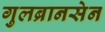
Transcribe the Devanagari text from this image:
गुलब्रानसेन